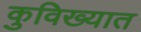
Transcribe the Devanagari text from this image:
कुविख्यात